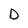
Character: D